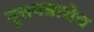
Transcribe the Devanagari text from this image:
वृत्तपत्राचेच